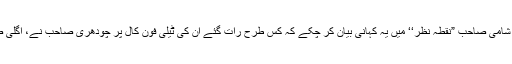
تب پرویز الٰہی وزیر اعلیٰ تھے، شامی صاحب ”نقطہ نظر‘‘ میں یہ کہانی بیان کر چکے کہ کس طرح رات گئے ان کی ٹیلی فون کال پر چودھری صاحب نے، اگلی صبح تک اس کا اہتمام کر دیا تھا۔